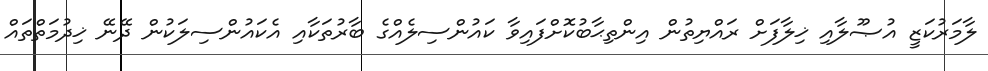
ލާމަރުކަޒީ އުޞޫލާއި ޚިލާފަށް ރައްޔިތުން އިންތިޙާބުކޮށްފައިވާ ކައުންސިލެއްގެ ބާރުތަކާއި އެކައުންސިލަކުން ދޭނޭ ޚިދުމަތްތައް